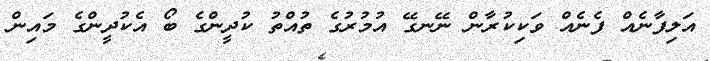
އަލިފާނެއް ފެނެއް ވަކިކުރާން ނޭނގޭ އުމުރުގެ ތުއްތު ކުދީންގެ ބޯ އެކުދީންގެ މައިން